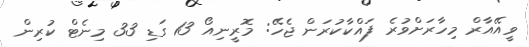
ވީއޭއާރް މިހާރަށްވުރެ ފައްކާކުރަން ޖެހޭ: މޮރީނިއޯ 13 ގަޑި 33 މިނެޓް ކުރިން